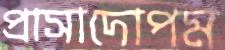
প্রাসাদোপম